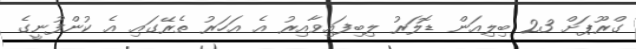
ގްރޫޕަށް 23 ބިލިއަން ޑޮލަރު ލިބިފައިވާއިރު އެ އަހަރު ތެރޭގައި އެ ކުންފުނީގެ